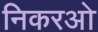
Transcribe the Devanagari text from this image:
निकरओ